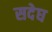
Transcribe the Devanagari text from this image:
सदेघ